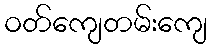
ဝတ်ကျေတမ်းကျေ